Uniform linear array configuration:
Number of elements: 16
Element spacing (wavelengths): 0.25
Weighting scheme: cosine
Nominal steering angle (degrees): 45
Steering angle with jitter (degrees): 45.213
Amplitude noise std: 0.05
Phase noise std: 0.05

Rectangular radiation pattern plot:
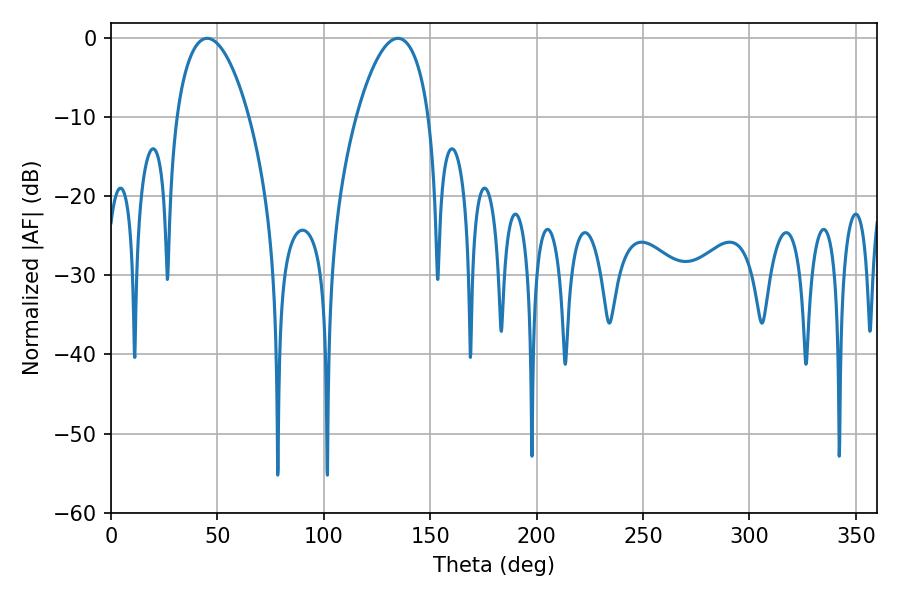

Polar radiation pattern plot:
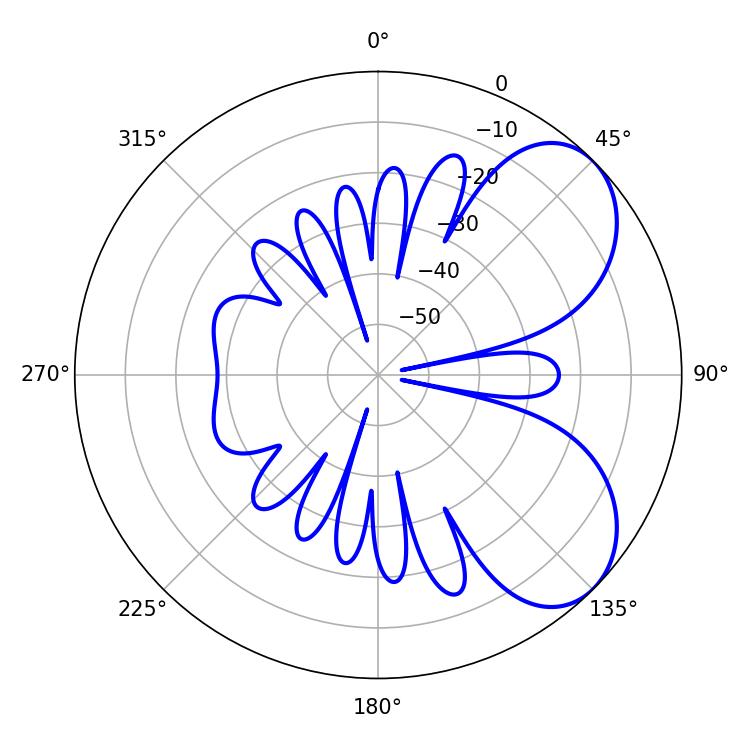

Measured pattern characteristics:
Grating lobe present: FALSE
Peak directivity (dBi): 5.949
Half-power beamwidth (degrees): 19.08
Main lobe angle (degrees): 45.18